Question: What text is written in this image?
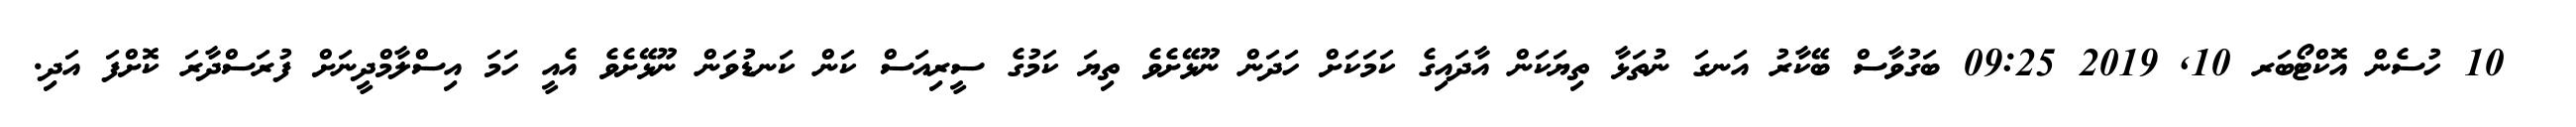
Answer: ? 10 ހުސެން އޮކްޓޯބަރ 10, 2019 09:25 ބަގުވާސް ބޭކާރު އަނގަ ނުތަޅާ ތިޔަކަން އާދައިގެ ކަމަކަށް ހަދަން ނޫޅޭށެވެ ތިޔަ ކަމުގެ ސީރިއަސް ކަން ކަނޑުވަން ނޫޅޭށެވެ އެއީ ހަމަ އިސްލާމްދީނަށް ފުރަސްދާރަ ކޮށްފަ އަދި.